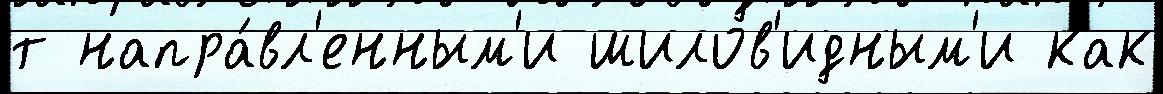
т напра́вл'енным'и шилов'идным'и как